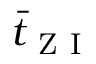
\bar { t } _ { \mathrm { ~ Z ~ I ~ } }